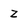
Character: z